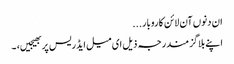
ان دنوں آن لائن کاروبار...
اپنے بلاگز مندرجہ ذیل ای میل ایڈریس پر بھیجیں، ۔